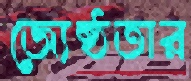
জ্যেষ্ঠতার